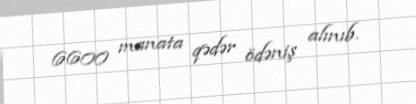
6600 manata qədər ödəniş alınıb.